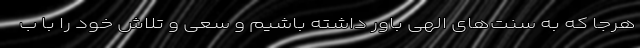
هرجا که به سنت‌های الهی باور داشته باشیم و سعی و تلاش خود را با ب